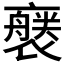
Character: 𧝢